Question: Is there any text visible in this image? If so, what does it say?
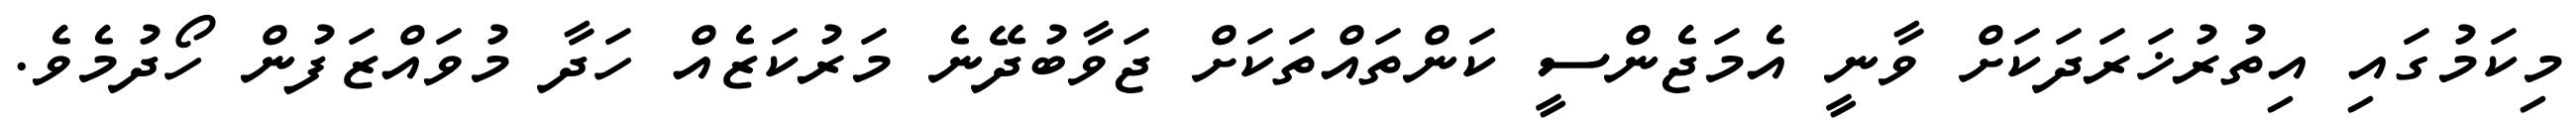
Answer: މިކަމުގައި އިތުރުޚަރަދަކަށް ވާނީ އެމަޖެންސީ ކަންތައްތަކަށް ޖަވާބުދޭނެ މަރުކަޒެއް ހަދާ މުވައްޒަފުން ހޯދުމެވެ.